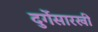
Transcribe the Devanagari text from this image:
दुर्गेसारखी